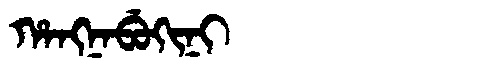
Manchu: ᡥᠠᠩᠨᠠᠪᡠᡴᡳᠨᡳ
Romanization: HANGNABUKINI